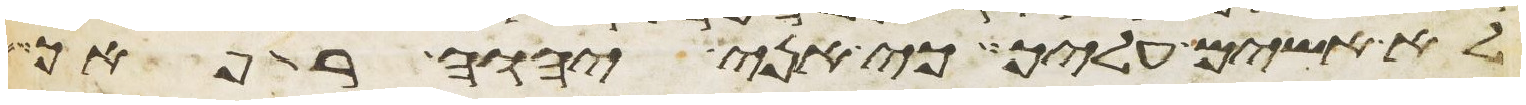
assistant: לא אשים עליך כי אני יהוה רפאך